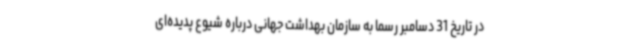
در تاریخ 31 دسامبر رسما به سازمان بهداشت جهانی درباره شیوع پدیده‌ای